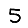
Digit: 5